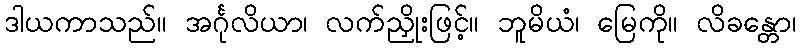
ဒါယကာသည်။ အင်္ဂုလိယာ၊ လက်ညှိုးဖြင့်။ ဘူမိယံ၊ မြေကို။ လိခန္တော၊